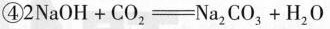
④$$2NaOH+CO_{2}=Na_{2}CO_{3}+H_{2}O$$